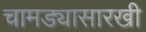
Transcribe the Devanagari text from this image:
चामड्यासारखी